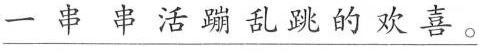
\underline{一串串活蹦乱跳的欢喜。}